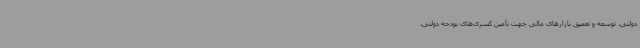
دولتی، توسعه و تعمیق بازارهای مالی جهت تأمین کسری‌های بودجه دولتی،